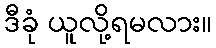
ဒီခုံ ယူလို့ရမလား။